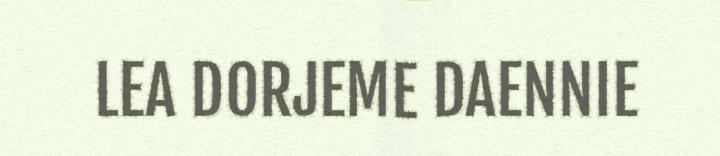
LEA DORJEME DAENNIE